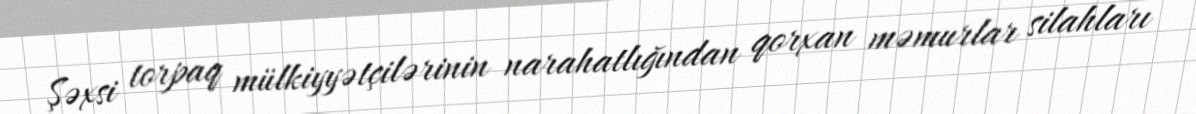
Şəxsi torpaq mülkiyyətçilərinin narahatlığından qorxan məmurlar silahları